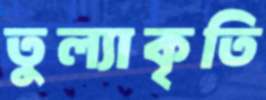
তুল্যাকৃতি